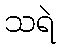
သရဲ